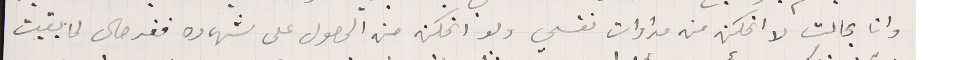
وانا بحالت لا اتمكن من مداوات نفسي ولا اتمكن من الحصول على شهاده فقر حال لما بقيت